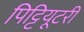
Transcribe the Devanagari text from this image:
पिट्टियूटरी